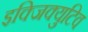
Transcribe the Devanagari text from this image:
इक्जिक्युटिव